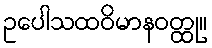
ဥပေါသထဝိမာနဝတ္ထု။